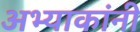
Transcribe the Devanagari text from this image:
अभ्याकांनी